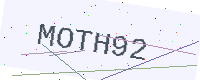
Text: MOTH92